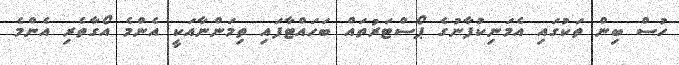
ހުސް ބިން ތަކުގައި އެމަނިކުފާނުގެ ޕޯސްޓަރުތައް ބަހައްޓާފައި ތިމަންނާއަކީ އެންމެ އޯގާތެރި އެންމެ